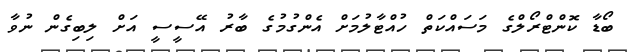
ބޯޑާ ކޮންޓްރޯލްގެ މަސައްކަތް ހުއްޓާލުމަށް އެންގުމުގެ ބާރު އޭސީސީ އަށް ލިބިގެން ނުވާ